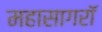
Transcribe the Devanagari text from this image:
महासागरॉ